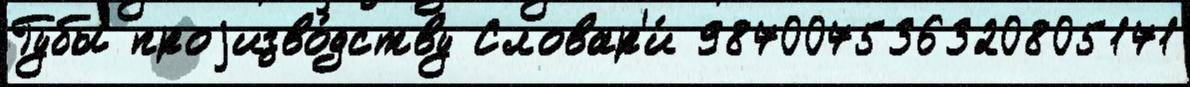
Губы проjизво́дству Словар'и́ 987007536320805171